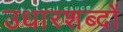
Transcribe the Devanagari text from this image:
उधारशब्दों